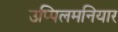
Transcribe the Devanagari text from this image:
उप्पिलमनियार